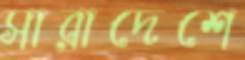
সারাদেশে